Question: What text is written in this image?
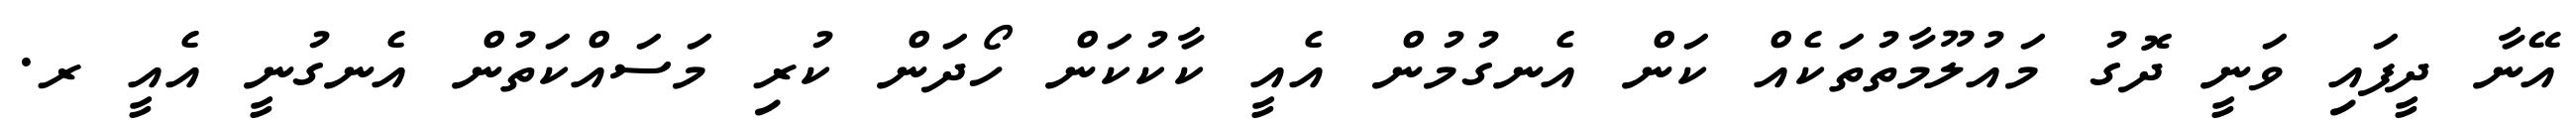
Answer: އޭނާ ދީފައި ވަނީ ދޮގު މައުލޫމާތުތަކެއް ކަން އެނގުމުން އެއީ ކާކުކަން ހޯދަން ކުރި މަސައްކަތުން އެނގުނީ އެއީ ރ.